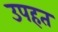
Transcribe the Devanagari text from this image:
उपहत